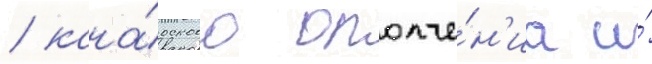
/ кана́дского ополче́н'иа и́